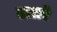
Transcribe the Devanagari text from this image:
ढालरे